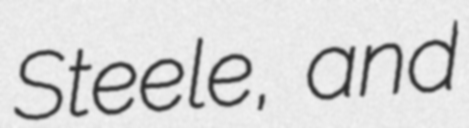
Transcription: Steele, and